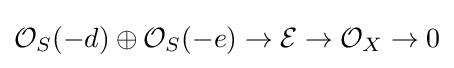
{\mathcal {O}}_{S}(-d)\oplus {\mathcal {O}}_{S}(-e)\to {\mathcal {E}}\to {\mathcal {O}}_{X}\to 0